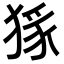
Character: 𭸜